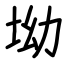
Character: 坳